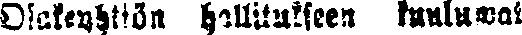
Osakeyhtiön hallitukseen kuuluwat